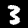
Label: 3